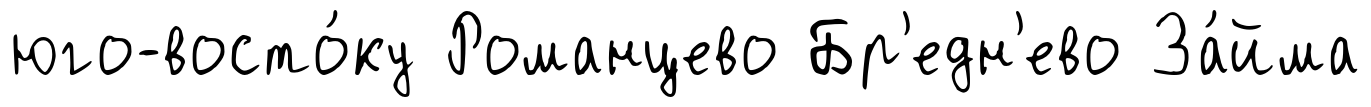
юго-восто́ку Романцево Бр'едн'ево За́йма